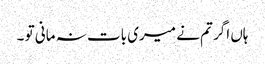
ہاں اگر تم نے میری بات نہ مانی تو ۔